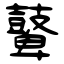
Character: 鼙